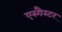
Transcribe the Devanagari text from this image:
एस्गैस्टर